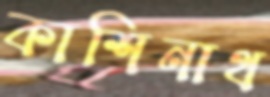
কাশিনাথ